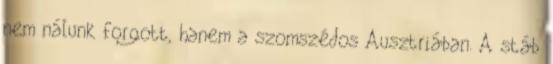
nem nálunk forgott, hanem a szomszédos Ausztriában. A stáb